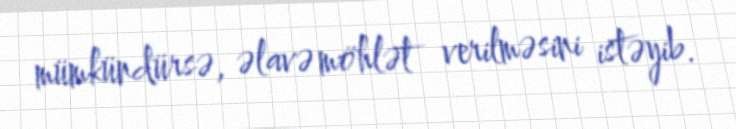
mümkündürsə, əlavə möhlət verilməsini istəyib.